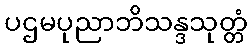
ပဌမပုညာဘိသန္ဒသုတ္တံ